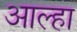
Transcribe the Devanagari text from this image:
आल्‍हा